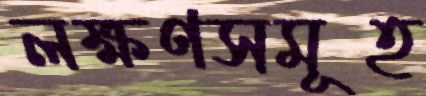
লক্ষণসমূহ